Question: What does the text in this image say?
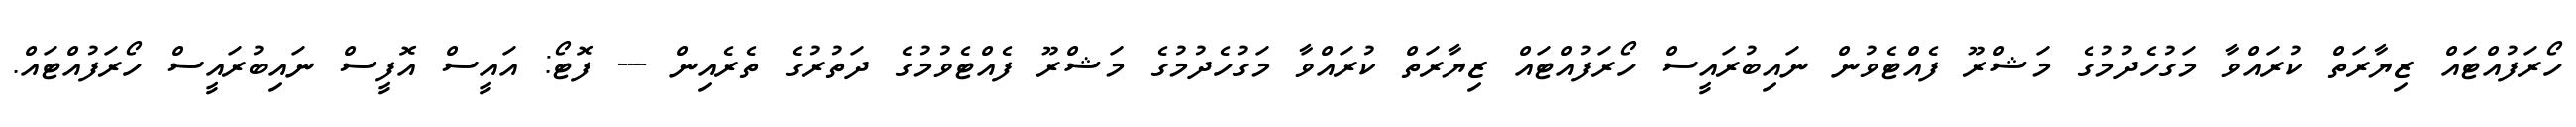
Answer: ހޯރަފުއްޓައް ޒިޔާރަތް ކުރައްވާ މަގުހެދުމުގެ މަޝްރޫ ފެއްޓެވުން ނައިބުރައީސް ހޯރަފުއްޓައް ޒިޔާރަތް ކުރައްވާ މަގުހެދުމުގެ މަޝްރޫ ފެއްޓެވުމުގެ ދަތުރުގެ ތެރެއިން --- ފޮޓޯ: އައީސް އޮފީސް ނައިބުރައީސް ހޯރަފުއްޓައް.